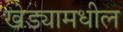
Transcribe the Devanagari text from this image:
खेड्यामधील